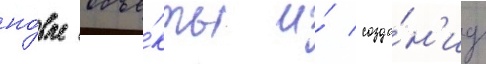
но́вые объе́кты и́ созда́н'иу